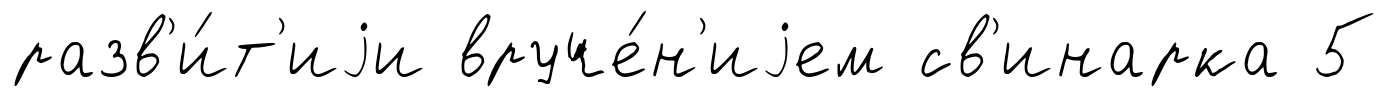
разв'и́т'иjи вруче́н'иjем св'инарка 5